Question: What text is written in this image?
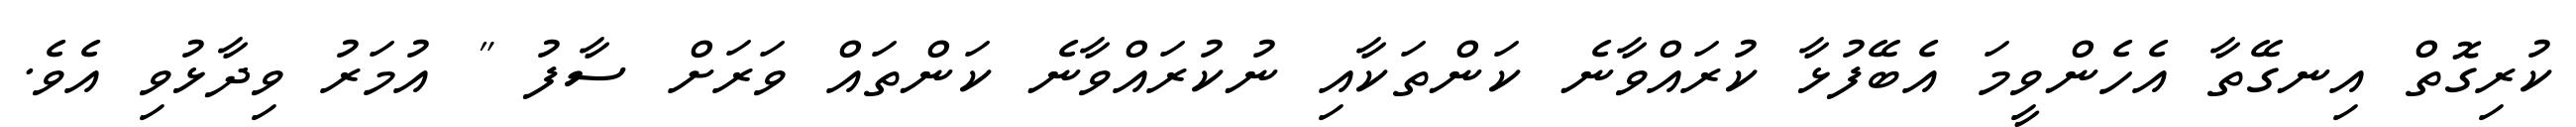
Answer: ކުރިގޮތް އިނގޭތާ އެހެންވީމަ އެބޭފުޅާ ކުރައްވާނެ ކަންތަކާއި ނުކުރައްވާނެ ކަންތައް ވަރަށް ސާފު " އުމަރު ވިދާޅުވި އެވެ.